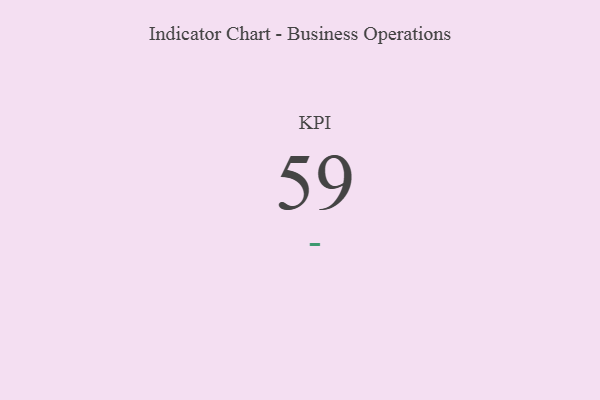
{"axis": {"x": "KPI", "y": "Value"}, "legend": [""], "data": [{"x": "KPI", "y": 59, "type": ""}]}